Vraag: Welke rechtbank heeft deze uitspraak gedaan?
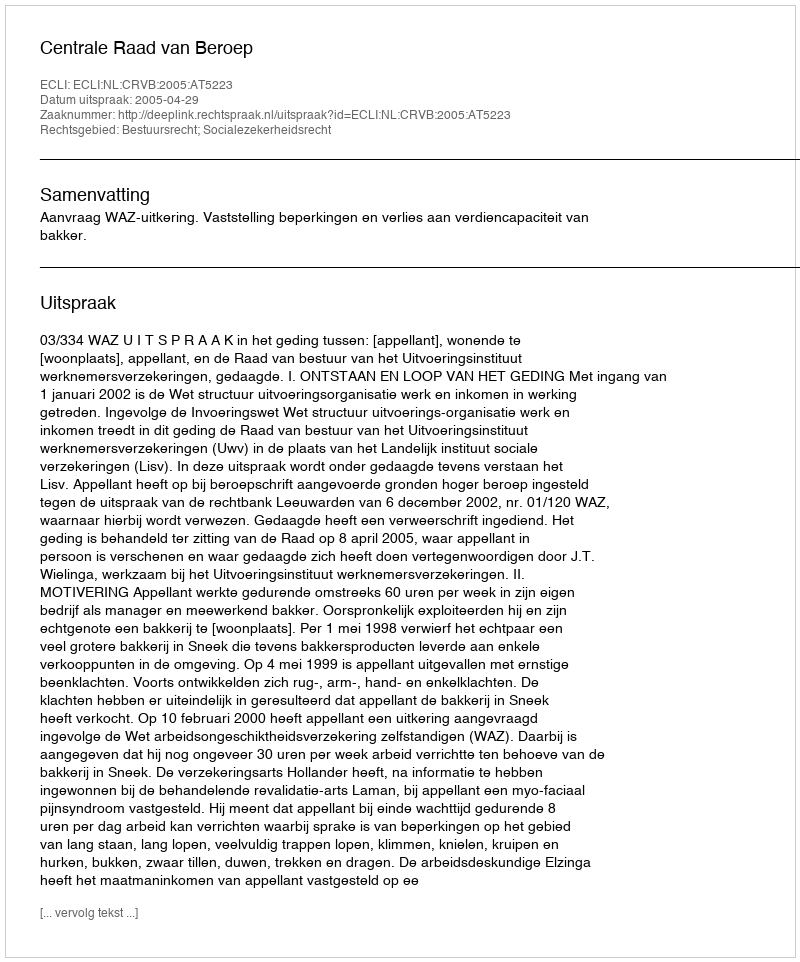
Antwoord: Centrale Raad van Beroep